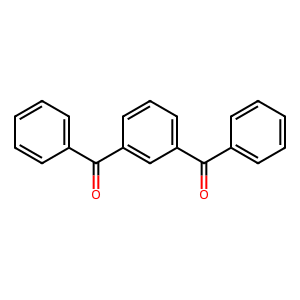
SMILES: O=C(c1ccccc1)c1cccc(C(=O)c2ccccc2)c1
Inhibits HIV replication: No